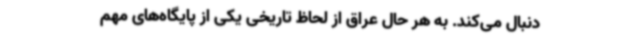
دنبال می‌کند. به هر حال عراق از لحاظ تاریخی یکی از پایگاه‌های مهم